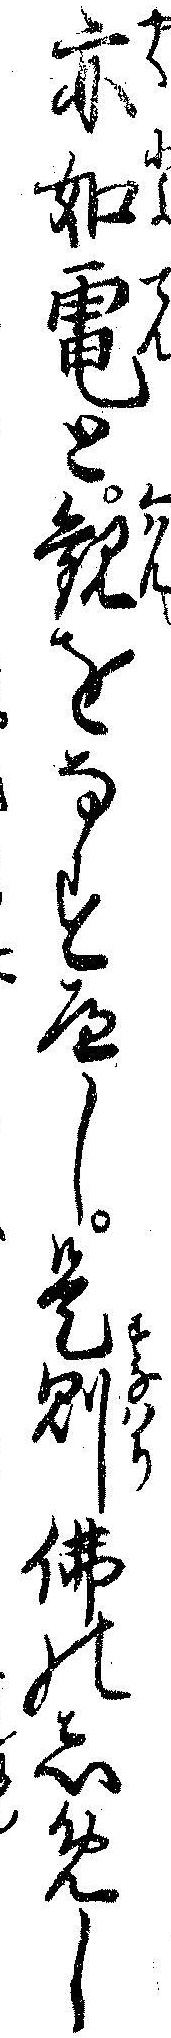
亦如電と観をなすへし是則仏のしめし